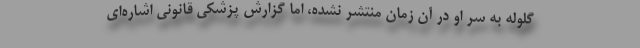
گلوله به سر او در آن زمان منتشر نشده، اما گزارش پزشکی قانونی اشاره‌ای